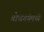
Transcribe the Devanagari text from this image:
बोधगयेमध्ये